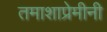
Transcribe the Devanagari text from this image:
तमाशाप्रेमीनी